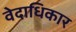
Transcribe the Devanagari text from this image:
वेदाधिकार